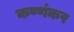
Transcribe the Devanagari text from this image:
कण्णंकर